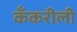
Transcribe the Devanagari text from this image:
कँकरीली